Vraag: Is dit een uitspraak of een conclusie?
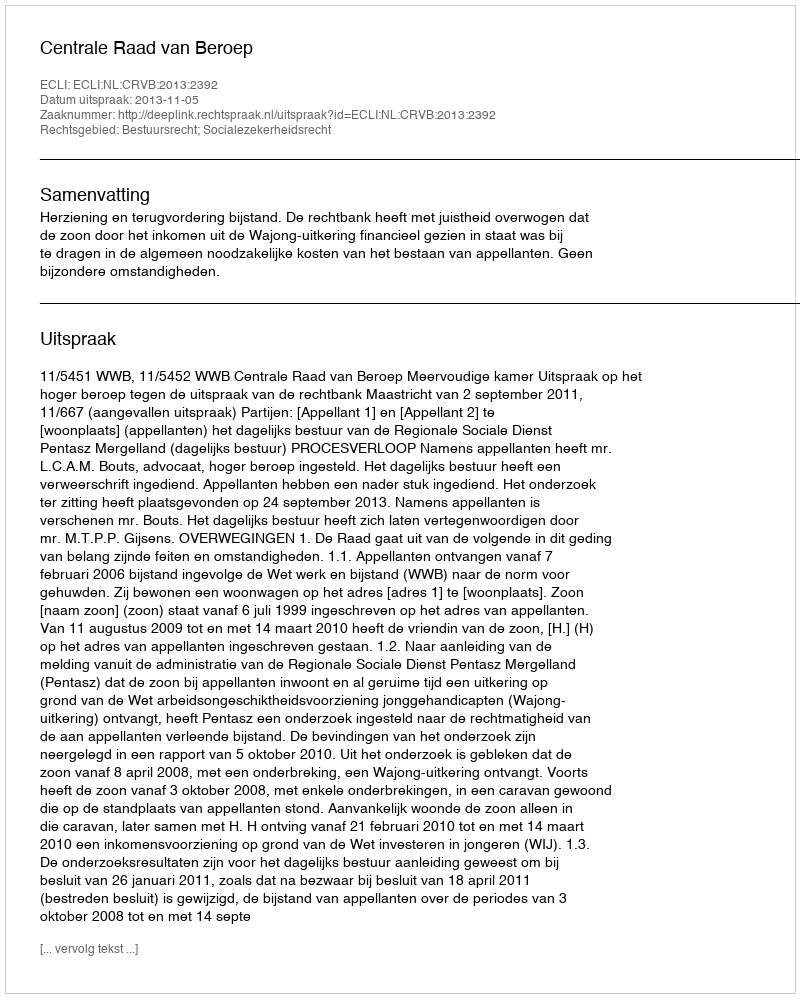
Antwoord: Uitspraak